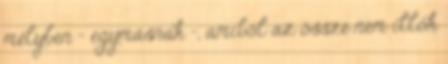
mélyben – egymásnak -, amiből az össze nem illők